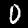
Label: 0